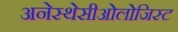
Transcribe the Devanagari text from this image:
अनेस्थेसीओलोजिस्ट